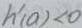
h ^ { \prime } ( a ) < 0